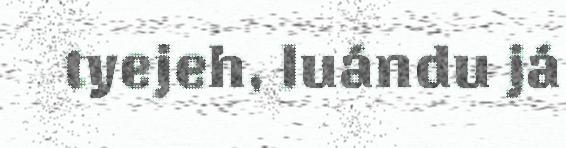
tyejeh, luándu já